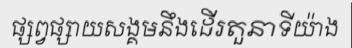
ផ្សព្វផ្សាយសង្គមនឹងដើរតួនាទីយ៉ាង